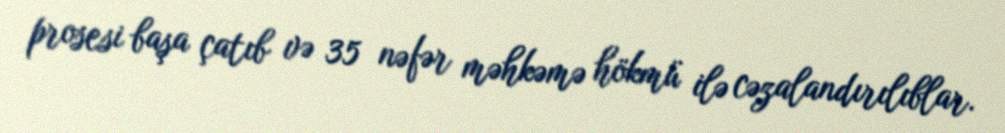
prosesi başa çatıb və 35 nəfər məhkəmə hökmü ilə cəzalandırılıblar.